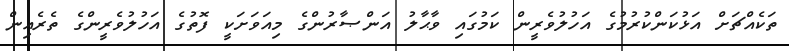
ތަކެއްޗަށް އަޅުކަންކުރުމުގެ އަހުލުވެރީން ކަމުގައި ވާޙާލު އަންޞާރުންގެ މިއަވަށަކީ ފޮތުގެ އަހުލުވެރީންގެ ތެރެއިން